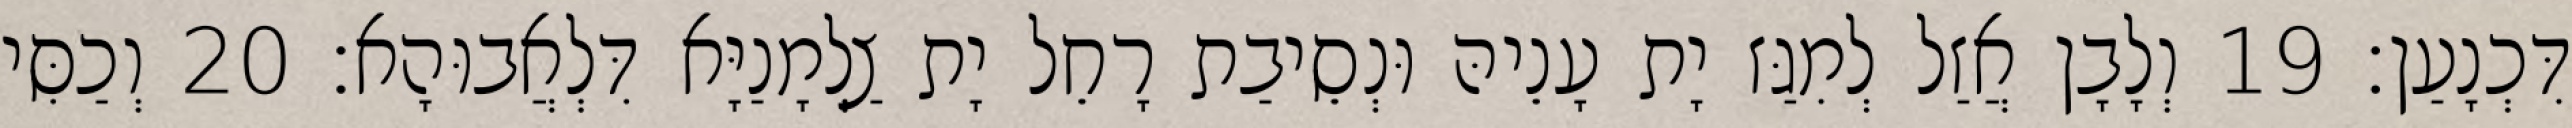
דִּכְנָעַן׃ 19 וְלָבָן אֲזַל לְמִגַּז יָת עָנֵיהּ וּנְסֵיבַת רָחֵל יָת צַלְמָנַיָּא דִּלְאֲבוּהָא׃ 20 וְכַסִּי